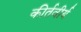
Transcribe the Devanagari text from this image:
कीर्तवीर्य